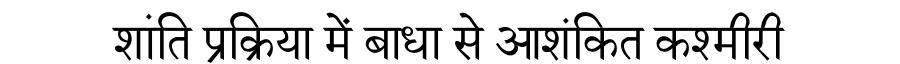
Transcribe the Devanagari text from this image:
शांति प्रक्रिया में बाधा से आशंकित कश्मीरी